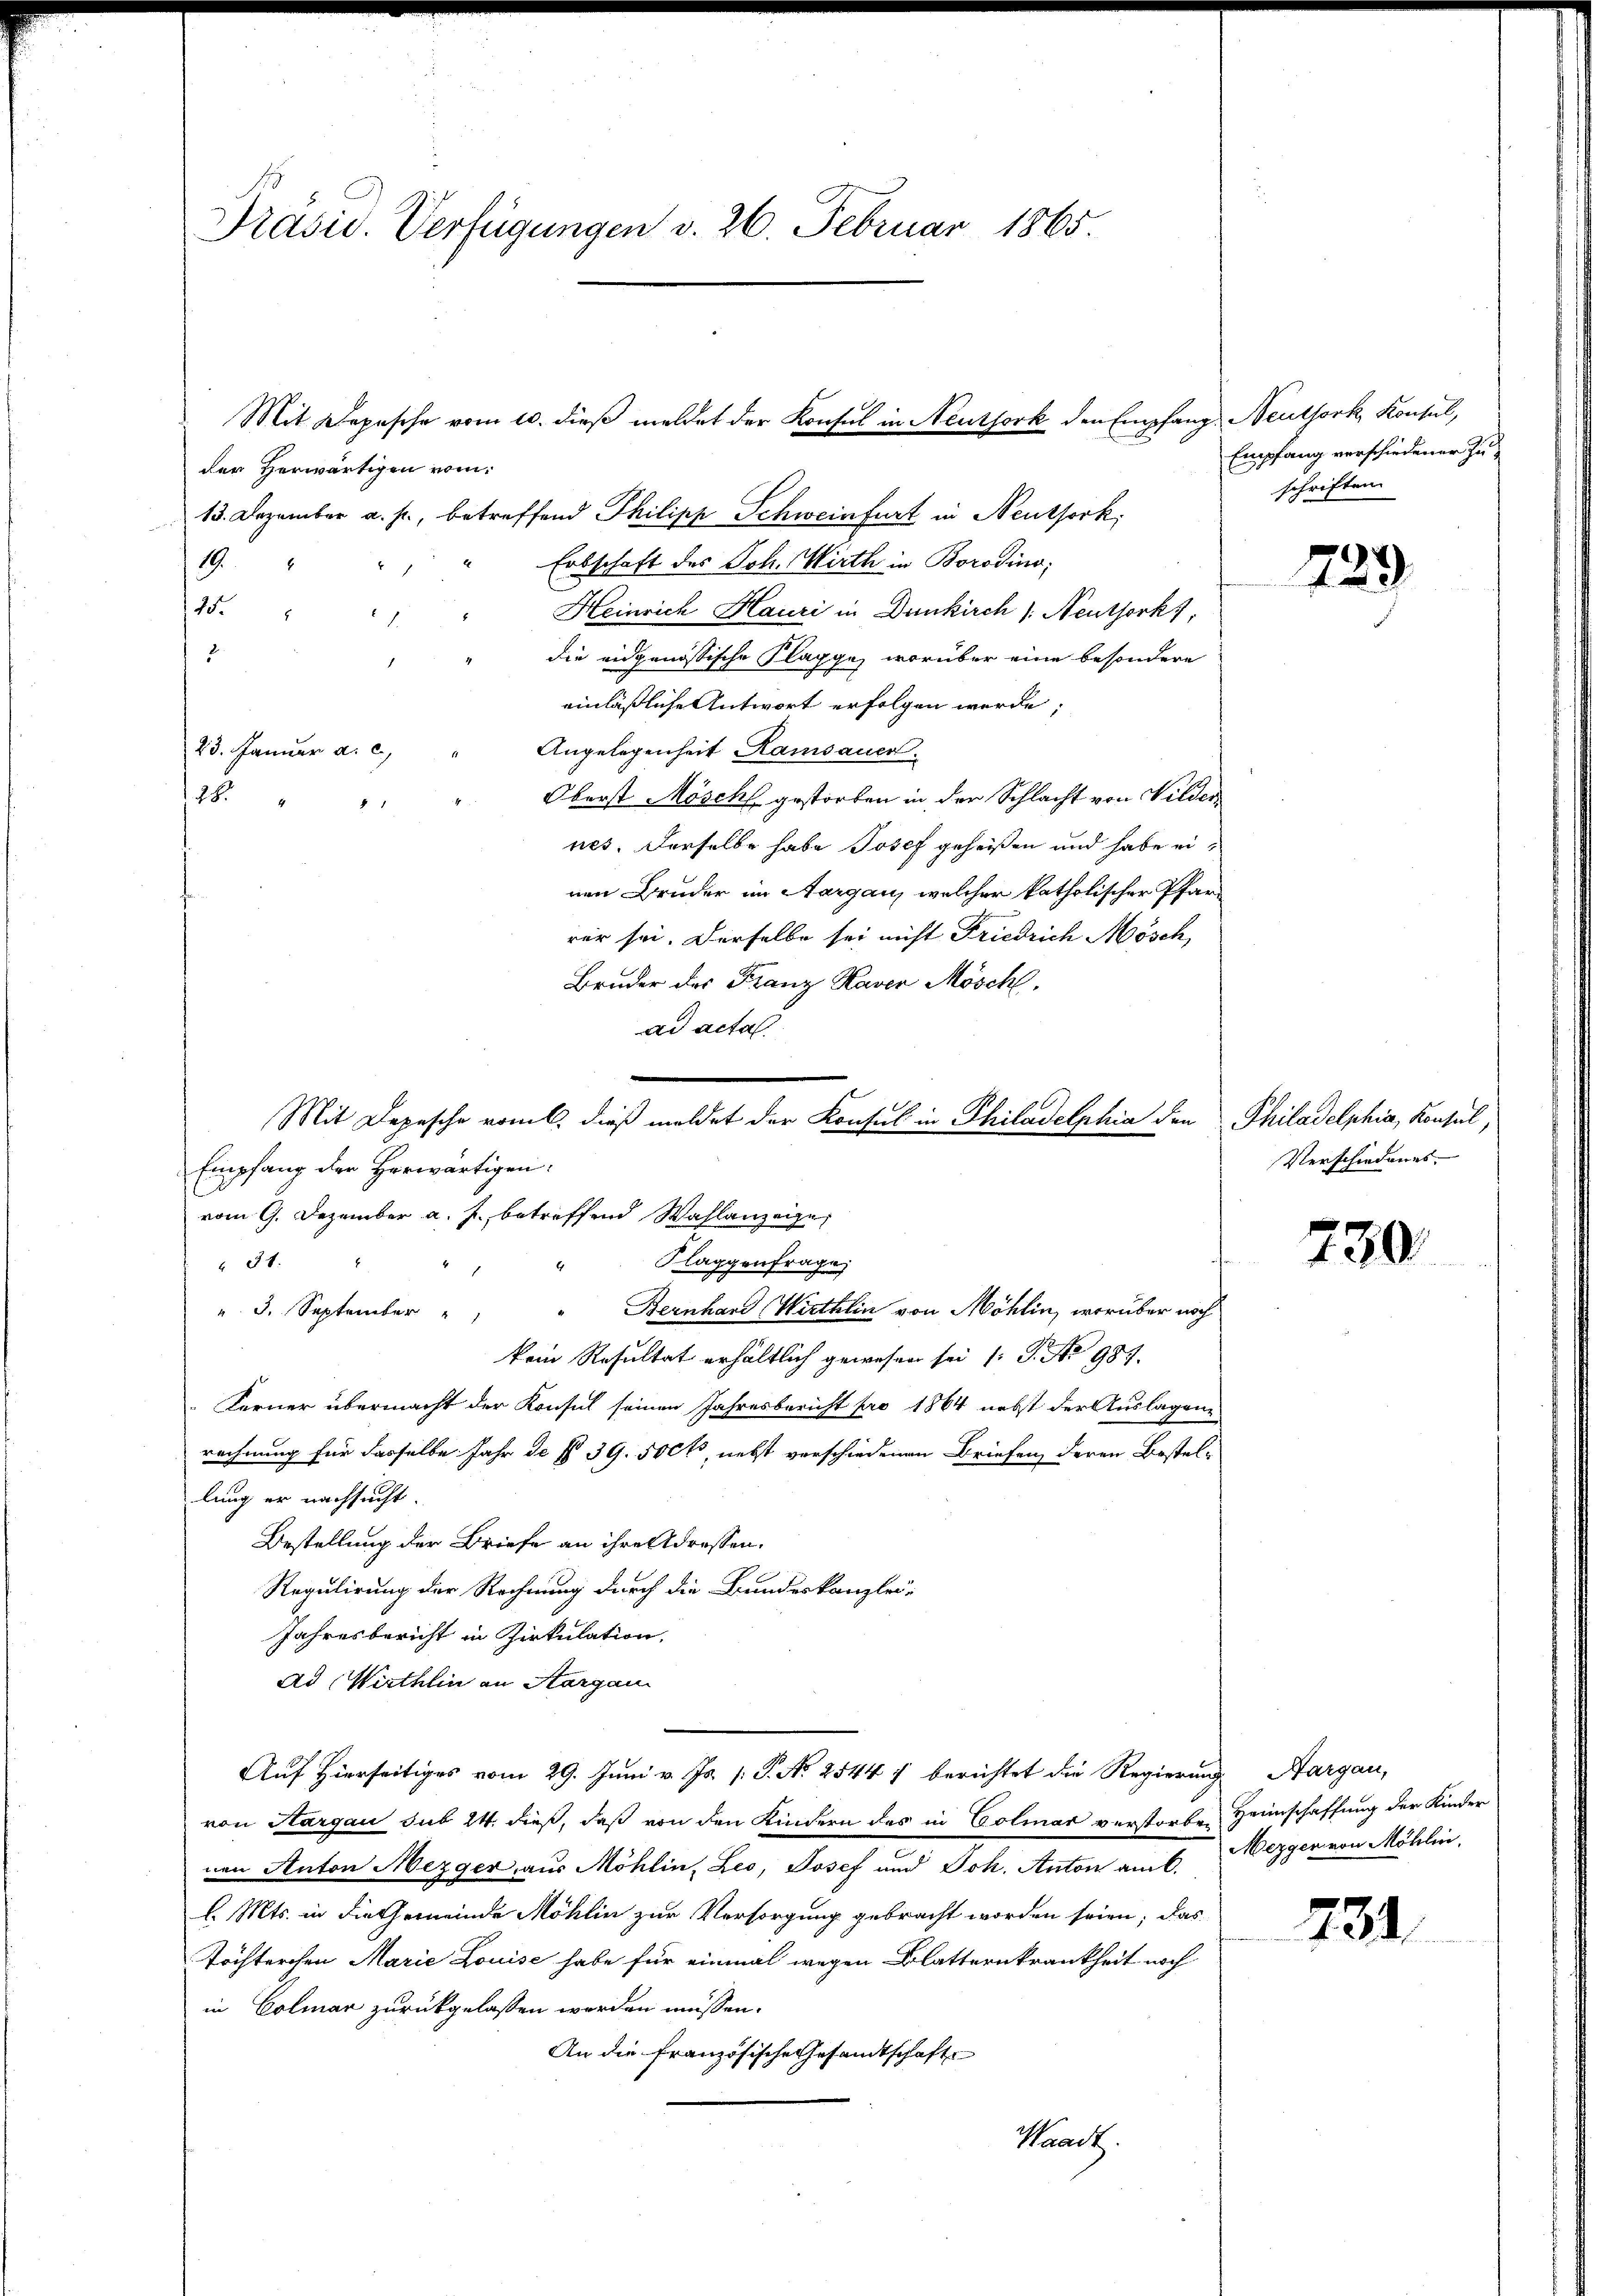
Präsid. Verfügungen v. 26. Februar 1865.

128

der Herwärtigen vom
13. Dezember a. p., betreffend Philipp Schweinfurt in Neuthork,
Erbschaft des Joh. Wirth in Borodino;
19.
15.
Heinrich Hauri in Dunkirch /: Neuthork,
1
die eidgenössische Klappe, worüber eine besondere
2
einläßliche Antwort erfolgen werde;
23. Januar a. c.
Angelegenheit Hamsauer.
Oberst Möscht gestorben in der Schlacht von Wilder
nes. Derselbe habe Josef geheißen und habe einen Bruder im Aargau, welcher katholischer Pfarrer sei. Derselbe sei nicht Friedrich Mösch,
Bruder der Franz Kaver Mösch.
ad acta.
Empfang der Herwärtigen:
vom 9. Dezember a. f. betreffend Wahlanzeige,
à 31.
". 3. September
kein Resultat erhältlich gewesen sei (: P. No 989.
Ferner übermacht der Konsul seinen Jahresbericht pro 1864 nebst der Auslagen-
rechnung für dasselbe Jahr de § 39. 500, nebst verschiedenen Briefen, deren Bestel-
lung er nachsucht.
Bestellung der Briefe an ihre Adressen.
Regulirung der Rechnung durch die Bundeskanzlei-
Jahresbericht in Zirkulation,
Ad Wirthin an Aargau
Auf Hierseitiges vom 29. Juni v. Js. [ P. No 2544 1 berichtet die Regierung
von Hargau sub 24. dieß, daß von den Kindern des in Colmar verstorben Heimschaffung der Kinder
von Anton Mezger aus Möhlin, Leo, Josef und Joh. Anton am 6. Mezger von Möhlin,
l. Mts. in die Gemeinde Möhlin zur Versorgung gebracht worden seien; das
Töchterchen Marie Louise habe für einmal wegen Blatternkrankheit noch
in Colmar zurückgelassen worden müssen.
An die Französische Gesandtschafte
Prach.

Mit Depesche vom 10. dieß meldet der Konsul in Neuthork den Empfang, Neuthork, Konsul,

Mit Depesche vomt, dieß meldet der Konsul in Philadelphia den Philadelphia, Konsul,
Klaggenfrage
Bernhard Wirthlin von Möhlin, worüber noch

Empfang verschiedener Zuschriften

729.

Verschiedungs-

230.

Aargau,

731.